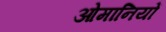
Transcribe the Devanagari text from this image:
ओमानियों